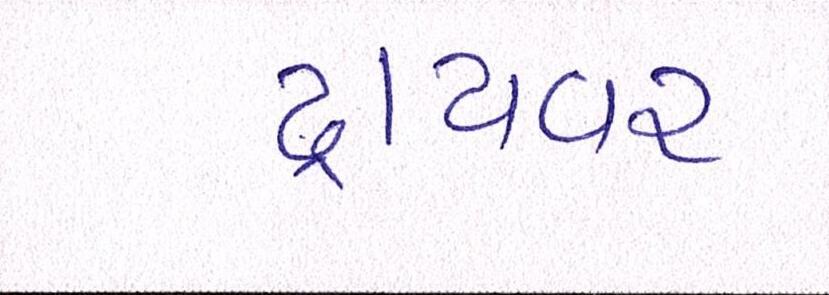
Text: ડ્રાયવર